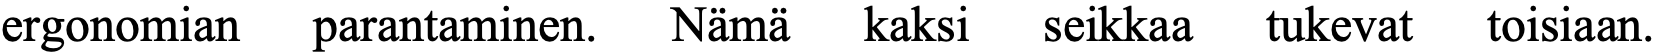
ergonomian parantaminen. Nämä kaksi seikkaa tukevat toisiaan.